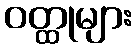
ဝတ္ထုများ